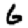
Digit: 6